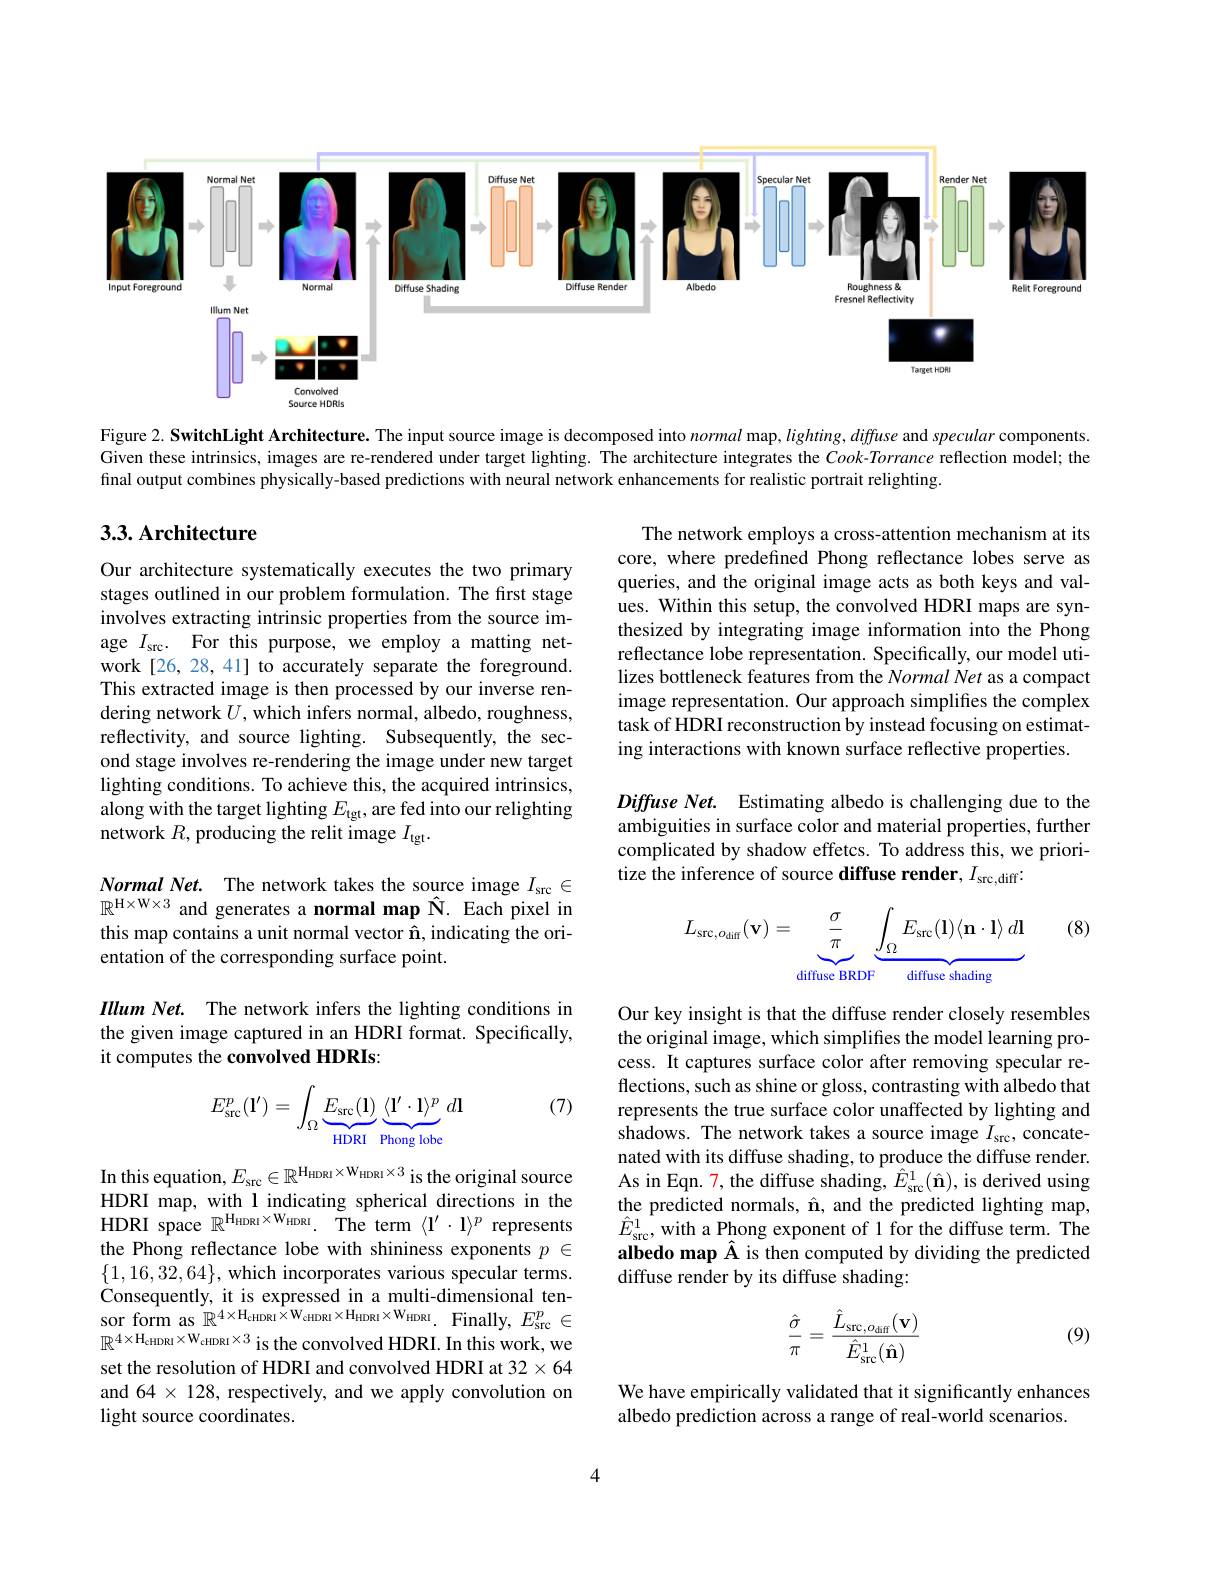
<FigureHere>

Figure 2. SwitchLight Architecture. The input source image is decomposed into normal map, $lighting,diffuse$ and specular components Given these intrinsics, images are re-rendered under target lighting. The architecture integrates the $Cook-Torrance$ reflection model; the final output combines physically-based predictions with neural network enhancements for realistic portrait relighting.

## 3.3. Architecture

The network employs a cross-attention mechanism at its core, where predefined Phong reflectance lobes serve as queries, and the original image acts as both keys and val- ues. Within this setup, the convolved HDRI maps are synthesized by integrating image information into the Phong reflectance lobe representation. Specifically, our model utilizes bottleneck features from the Normal Net as a compact image representation. Our approach simplifies the complex task of HDRI reconstruction by instead focusing on estimating interactions with known surface reflective properties.

Our architecture systematically executes the two primary stages outlined in our problem formulation. The first stage involves extracting intrinsic properties from the source image $I_\mathrm{src}.$ For this purpose, we employ a matting network [26, 28, 41] to accurately separate the foreground. This extracted image is then processed by our inverse rendering network $U$, which infers normal, albedo, roughness, reflectivity, and source lighting. Subsequently, the second stage involves re-rendering the image under new target lighting conditions. To achieve this, the acquired intrinsics, along with the target lighting $E_\mathrm{tgt}$, are fed into our relighting network $R$, producing the relit image $I_\mathrm{tgt}.$

Diffuse Net. Estimating albedo is challenging due to the ambiguities in surface color and material properties, further complicated by shadow effetcs. To address this, we prioritize the inference of source diffuse render, $I_\mathrm{src,diff}:$

Normal Net. The network takes the source image $I_\mathrm{src}\in$ $\mathbb{R}^{\mathrm{H\times W\times3}}$ and generates a normal map Î. Each pixel in this map contains a unit normal vector $\hat{\mathbf{n}}$, indicating the orientation of the corresponding surface point.

(8)
$$L_{\mathrm{src},o_{\mathrm{diff}}}(\mathbf{v})=\underbrace{\frac{\sigma}{\pi}}_{\text{diffuse BRDF}}\underbrace{\int_{\Omega}E_{\mathrm{src}}(\mathbf{l})\langle\mathbf{n}\cdot\mathbf{l}\rangle\:d\mathbf{l}}_{\text{diffuse shading}}$$
Illum Net. The network infers the lighting conditions in the given image captured in an HDRI format. Specifically, it computes the convolved HDRIs:

(7)
$$E_{\text{src}}^p(\mathbf{l'})=\int_\Omega\underbrace{E_{\text{src}}(\mathbf{l})}_{\text{HDRI}}\underbrace{\langle\mathbf{l'}\cdot\mathbf{l}\rangle^p}_{\text{Phong lobe}}\:d\mathbf{l}$$
Our key insight is that the diffuse render closely resembles the original image, which simplifies the model learning process. It captures surface color after removing specular reflections, such as shine or gloss, contrasting with albedo that represents the true surface color unaffected by lighting and shadows. The network takes a source image $I_\mathrm{src}$, concatenated with its diffuse shading, to produce the diffuse render. As in Eqn. 7, the diffuse shading, $\hat{E}_{\mathrm{src}}^{1}(\hat{\mathbf{n}})$, is derived using the predicted normals, $\hat{\mathbf{n}}$, and the predicted lighting map, $\hat{E}_{\mathrm{src}}^{1}$,with a Phong exponent of 1 for the diffuse term. The albedo map Â is then computed by dividing the predicted diffuse render by its diffuse shading:

In this equation, $E_\mathrm{src}\in\mathbb{R}^{\mathrm{H}_\mathrm{HDRI}\times\mathrm{W}_\mathrm{HDRI}\times3}$ is the original source HDRI map, with l indicating spherical directions in the HDRI space $\mathbb{R} ^{\mathrm{H} _{\mathrm{HDRI}}\times \mathrm{W} _{\mathrm{HDRI}}}.$ The term $\langle\mathbf{l}^{\prime}\cdot\mathbf{l}\rangle^{p}$ represents the Phong reflectance lobe with shininess exponents $p\in$ $\{1,16,32,64\}$, which incorporates various specular terms. Consequently, it is expressed in a multi-dimensional tensor form as $\mathbb{R}^{4\times\mathrm{H}_{\mathrm{cHDRI}}\times\mathrm{W}_{\mathrm{cHDRI}}\times\mathrm{H}_{\mathrm{HDRI}}\times\mathrm{W}_{\mathrm{HDRI}}.\:\mathrm{Finally},E_{\mathrm{src}}^{p}\in\mathcal{R}^{4\times\mathrm{H}_{\mathrm{cHDRI}}\times\mathrm{W}_{\mathrm{cHDRI}}\times\mathrm{H}_{\mathrm{HDRI}}\times\mathrm{W}_{\mathrm{HDRI}}.\:\mathrm{Finally},\: E_{\mathrm{src}}^{p}\in\mathcal{R}^{4\times\mathrm{H}_{\mathrm{cHDRI}}\times\mathrm{W}_{\mathrm{cHDRI}}\times\mathrm{H}_{\mathrm{HDRI}}\times\mathrm{W}_{\mathrm{HDRI}}.\:\mathrm{Fi}}}}$ $\mathbb{R}^{4\times\mathrm{H}_{\mathrm{cHDRI}}\times\mathrm{W}_{\mathrm{cHDRI}}\times3}$ is the convolved HDRI. In this work, we set the resolution of HDRI and convolved HDRI at 32$\times64$ and $64\times128$, respectively, and we apply convolution on light source coordinates.
$$\frac{\hat{\sigma}}{\pi}=\frac{\hat{L}_{\mathrm{src},o_{\mathrm{diff}}}(\mathbf{v})}{\hat{E}_{\mathrm{src}}^{1}(\hat{\mathbf{n}})}$$
(9)

We have empirically validated that it significantly enhances
albedo prediction across a range of real-world scenarios.

4